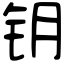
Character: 钥